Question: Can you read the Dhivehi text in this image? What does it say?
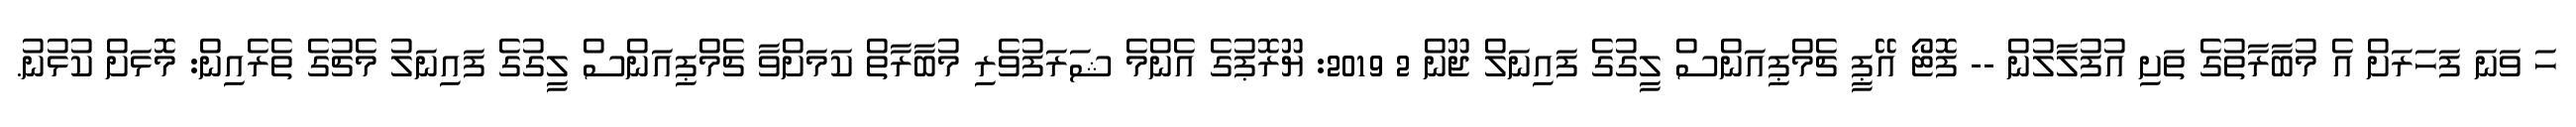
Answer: ހަ ވަނަ ފަހަރަށް އެ މުބާރާތުގެ ތަށި އުފުލާލުން -- ފޮޓޯ އޭޕީ ޗެމްޕިއަންސް ލީގުގެ ފައިނަލް ޖޫން 2 2019: ޔޫރޮޕުގެ އެންމެ ޝަރަފުވެރި މުބާރާތް ކަމަށްވާ ޗެމްޕިއަންސް ލީގުގެ ފައިނަލު މެޗުގެ ތެރެއިން: މޮޅަށް ކުޅުނު.